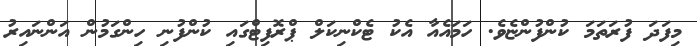
މިފަދަ ފުރަތަމަ ކުންފުންޏެވެ. ހަމައެއާ އެކު ޓެކްނިކަލް ޕްރޮފިޓްގައި ކުންފުނި ހިންގަމުން އަންނައިރު